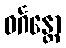
ဝင်္ဂန္တော